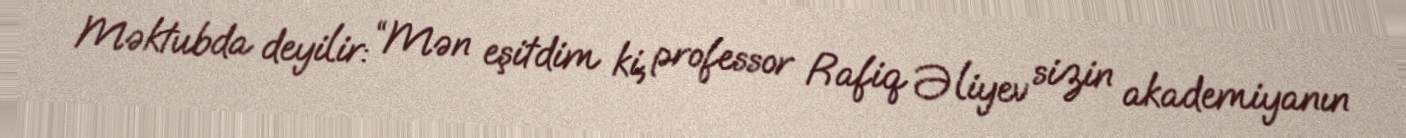
Məktubda deyilir: “Mən eşitdim ki, professor Rafiq Əliyev sizin akademiyanın